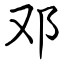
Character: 邓